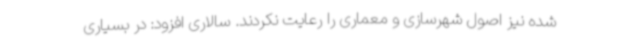
شده نیز اصول شهرسازی و معماری را رعایت نکردند. سالاری افزود: در بسیاری